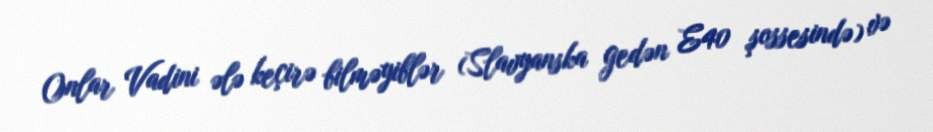
Onlar Vadini ələ keçirə bilməyiblər (Slavyanska gedən E40 şossesində) və